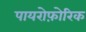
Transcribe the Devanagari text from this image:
पायरोफ़ोरिक